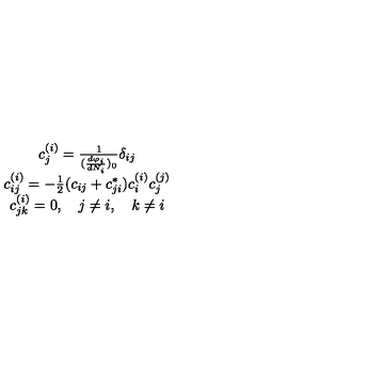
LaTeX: \begin{array} { c } { c _ { j } ^ { ( i ) } = \frac { 1 } { ( \frac { d \varphi _ { i } } { d N _ { i } } ) _ { 0 } } \delta _ { i j } } \\ { c _ { i j } ^ { ( i ) } = - \frac { 1 } { 2 } ( c _ { i j } + c _ { j i } ^ { * } ) c _ { i } ^ { ( i ) } c _ { j } ^ { ( j ) } } \\ { c _ { j k } ^ { ( i ) } = 0 , \quad j \neq i , \quad k \neq i } \\ \end{array}